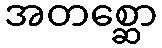
အတစ္ဆော